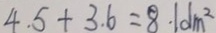
4 . 5 + 3 . 6 = 8 . 1 d m ^ { 2 }